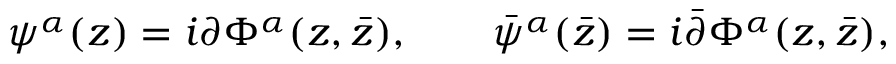
\psi ^ { \alpha } ( z ) = i \partial \Phi ^ { \alpha } ( z , \bar { z } ) , \qquad \bar { \psi } ^ { \alpha } ( \bar { z } ) = i \bar { \partial } \Phi ^ { \alpha } ( z , \bar { z } ) ,